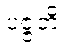
ပဇ္ဇတိ